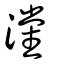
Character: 灙